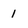
Character: 1